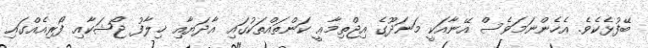
ބޭފުޅެކެވެ. އެހެންނަމަވެސް އޭނާއަކީ މަނަދޫގެ އިޖްތިމާޢީ ކަންތައްތަކުގައި އާދަޔާއި ޚިލާފު ޖޯޝަކާއި ފޯރިއެއްގައި